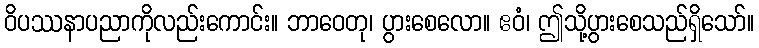
ဝိပဿနာပညာကိုလည်းကောင်း။ ဘာဝေတု၊ ပွားစေလော။ ဧဝံ၊ ဤသို့ပွားစေသည်ရှိသော်။